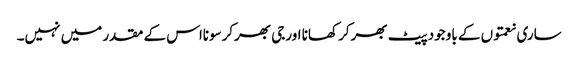
ساری نعمتوں کے باوجود پیٹ بھرکر کھانا اورجی بھرکرسونااس کے مقدر میں نہیں۔